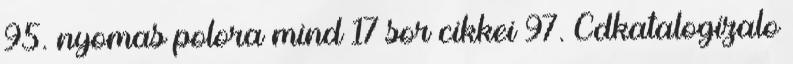
95. nyomas polora mind 17 sor cikkei 97. Cdkatalogizalo